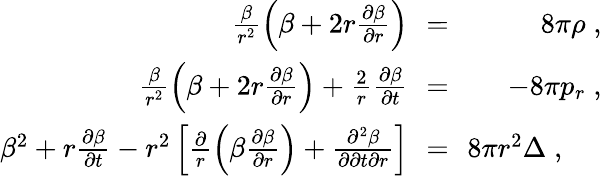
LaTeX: \begin{array}{rlr}{\frac{\beta}{r^{2}}\left(\beta+2r{\frac{\partial\beta}{\partial r}}\right)\! \! }&{=}&{\! \! 8\pi\rho\; ,}\\ {\frac{\beta}{r^{2}}\left(\beta+2r\frac{\partial\beta}{\partial r}\right)+\frac{2}{r}\frac{\partial\beta}{\partial t}\! \! }&{=}&{\! \! -8\pi p_{r}\; ,}\\ {\beta^{2}+r\frac{\partial\beta}{\partial t}-r^{2}\left[{\frac{\partial}{r}\left(\beta{\frac{\partial\beta}{\partial r}}\right)+\frac{\partial^{2}\beta}{\partial\partial t\partial r}}\right]\! \! }&{=}&{\! \! 8\pi r^{2}\Delta\; ,\; \; \; \; \; }\end{array}